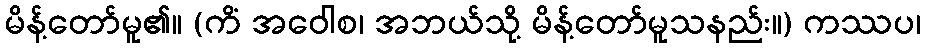
မိန့်တော်မူ၏။ (ကိံ အဝေါစ၊ အဘယ်သို့ မိန့်တော်မူသနည်း။) ကဿပ၊